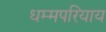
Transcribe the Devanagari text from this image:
धम्मपरियाय